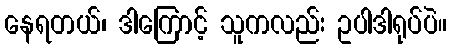
နေရတယ်၊ ဒါကြောင့် သူကလည်း ဥပါဒါရုပ်ပဲ။